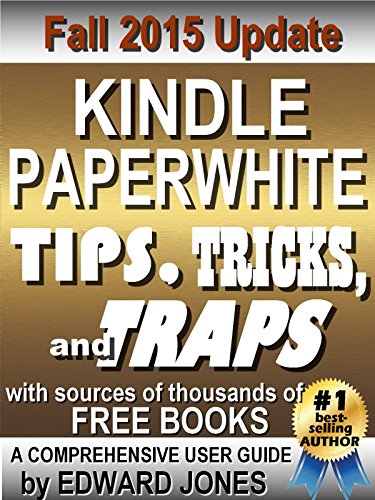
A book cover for Kindle Paperwhite Tips, Tricks, and Traps: A comprehensive guide to using your Paperwhite and finding free books; Edward Jones; Computers & Technology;